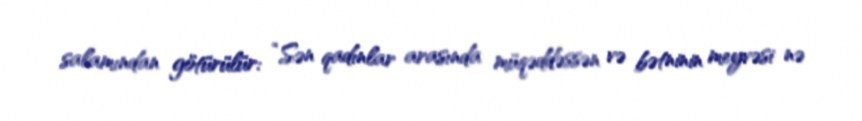
salamından götürülür: “Sən qadınlar arasında müqəddəssən və bətninin meyvəsi nə